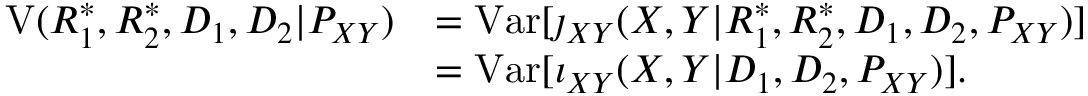
\begin{array} { r l } { \mathrm { V } ( R _ { 1 } ^ { * } , R _ { 2 } ^ { * } , D _ { 1 } , D _ { 2 } | P _ { X Y } ) } & { = \mathrm { V a r } [ \jmath _ { X Y } ( X , Y | R _ { 1 } ^ { * } , R _ { 2 } ^ { * } , D _ { 1 } , D _ { 2 } , P _ { X Y } ) ] } \\ & { = \mathrm { V a r } [ \imath _ { X Y } ( X , Y | D _ { 1 } , D _ { 2 } , P _ { X Y } ) ] . } \end{array}